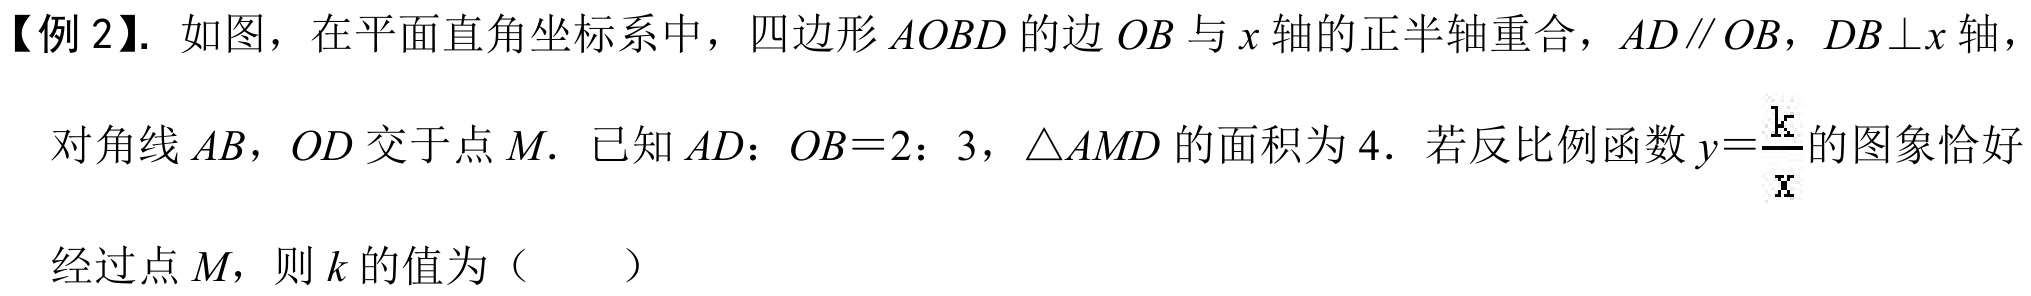
【例 2】. 如图，在平面直角坐标系中，四边形 \(AOBD\) 的边 \(OB\) 与 \(x\) 轴的正半轴重合，\(AD\parallel OB\)，\(DB\perp x\) 轴，
对角线 \(AB\)，\(OD\) 交于点 \(M\). 已知 \(AD：OB = 2：3\)，\(\triangle AMD\) 的面积为 \(4\). 若反比例函数 \(y = \frac{k}{x}\) 的图象恰好
经过点 \(M\)，则 \(k\) 的值为（  ）